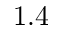
1 . 4